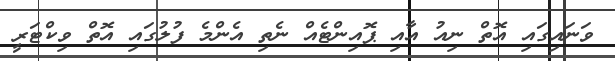
ވަނައިގައި އޮތް ނިއު އާއި ޕޮއިންޓެއް ނެތި އެންމެ ފުލުގައި އޮތް ވިކްޓަރީ